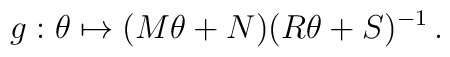
g: \theta \mapsto (M\theta + N)(R\theta + S)^{-1} \, .